画像に写った文字を読んでください
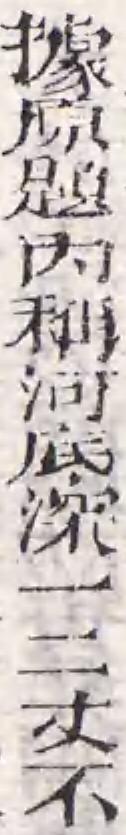
「據原題内稱河底深一二丈不」と書いてあります